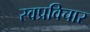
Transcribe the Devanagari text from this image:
स्वप्रविचार